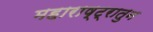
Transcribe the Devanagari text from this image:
महाराष्ट्रातुन